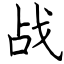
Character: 战